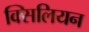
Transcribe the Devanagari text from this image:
क्सिलियन